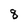
Character: 8